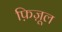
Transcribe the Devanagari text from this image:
फ़िज़ूल